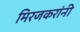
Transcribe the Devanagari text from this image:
मिरजकरांनी